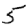
Digit: 5